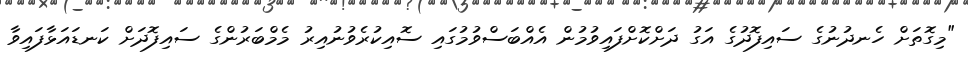
"މިގޮތަށް ހެނދުނުގެ ސައިފޮދުގެ އަގު ދަށްކޮށްފައިވުމުން އެއްބަސްވުމުގައި ސޮއިކުރެވުނުއިރު މެމްބަރުންގެ ސައިފޮދަށް ކަނޑައަޅާފައިވާ